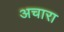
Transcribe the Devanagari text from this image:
अचारा